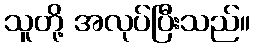
သူတို့ အလုပ်ပြီးသည်။